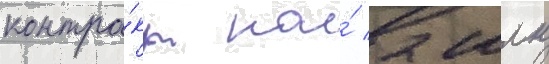
контра́кт на́ 2 млн